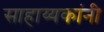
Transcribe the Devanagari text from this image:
साहाय्यकांनी